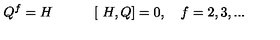
Q ^ { f } = H \: \: \: \: \: \: \: \: \: \: \: \: \ [ \ H , Q ] = 0 , \: \: \: \ f = 2 , 3 , . . .